画像に写った文字を読んでください
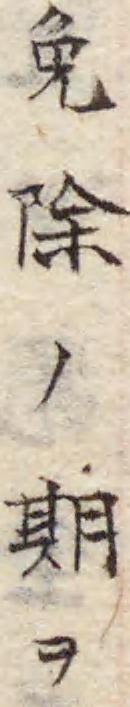
「免除ノ期ヲ」と書いてあります